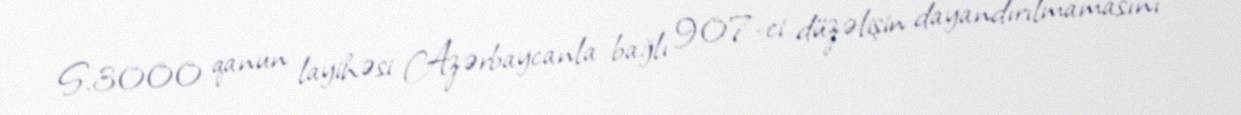
S.3000 qanun layihəsi Azərbaycanla bağlı 907-ci düzəlişin dayandırılmamasını